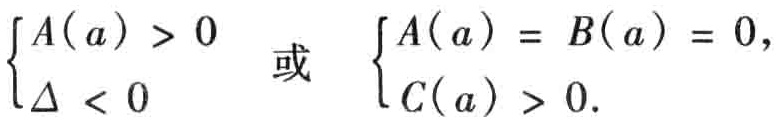
\(\begin{cases}
A(a)>0 \\
\Delta<0
\end{cases}\text{ 或 }
\begin{cases}
A(a)=B(a)=0, \\
C(a)>0.
\end{cases}\)